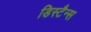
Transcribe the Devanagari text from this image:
डिस्टैन्स